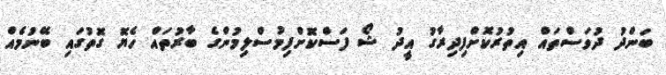
ބަންދު ދުވަސްތައް އިތުރުކޮށްފިދިރާގު އީދު ޝޯ ފަސްކޮށްފިމުސްލިމުންގެ ބާރުތައް ހެޔޮ ގޮތުގައި ބޭނުމެއް